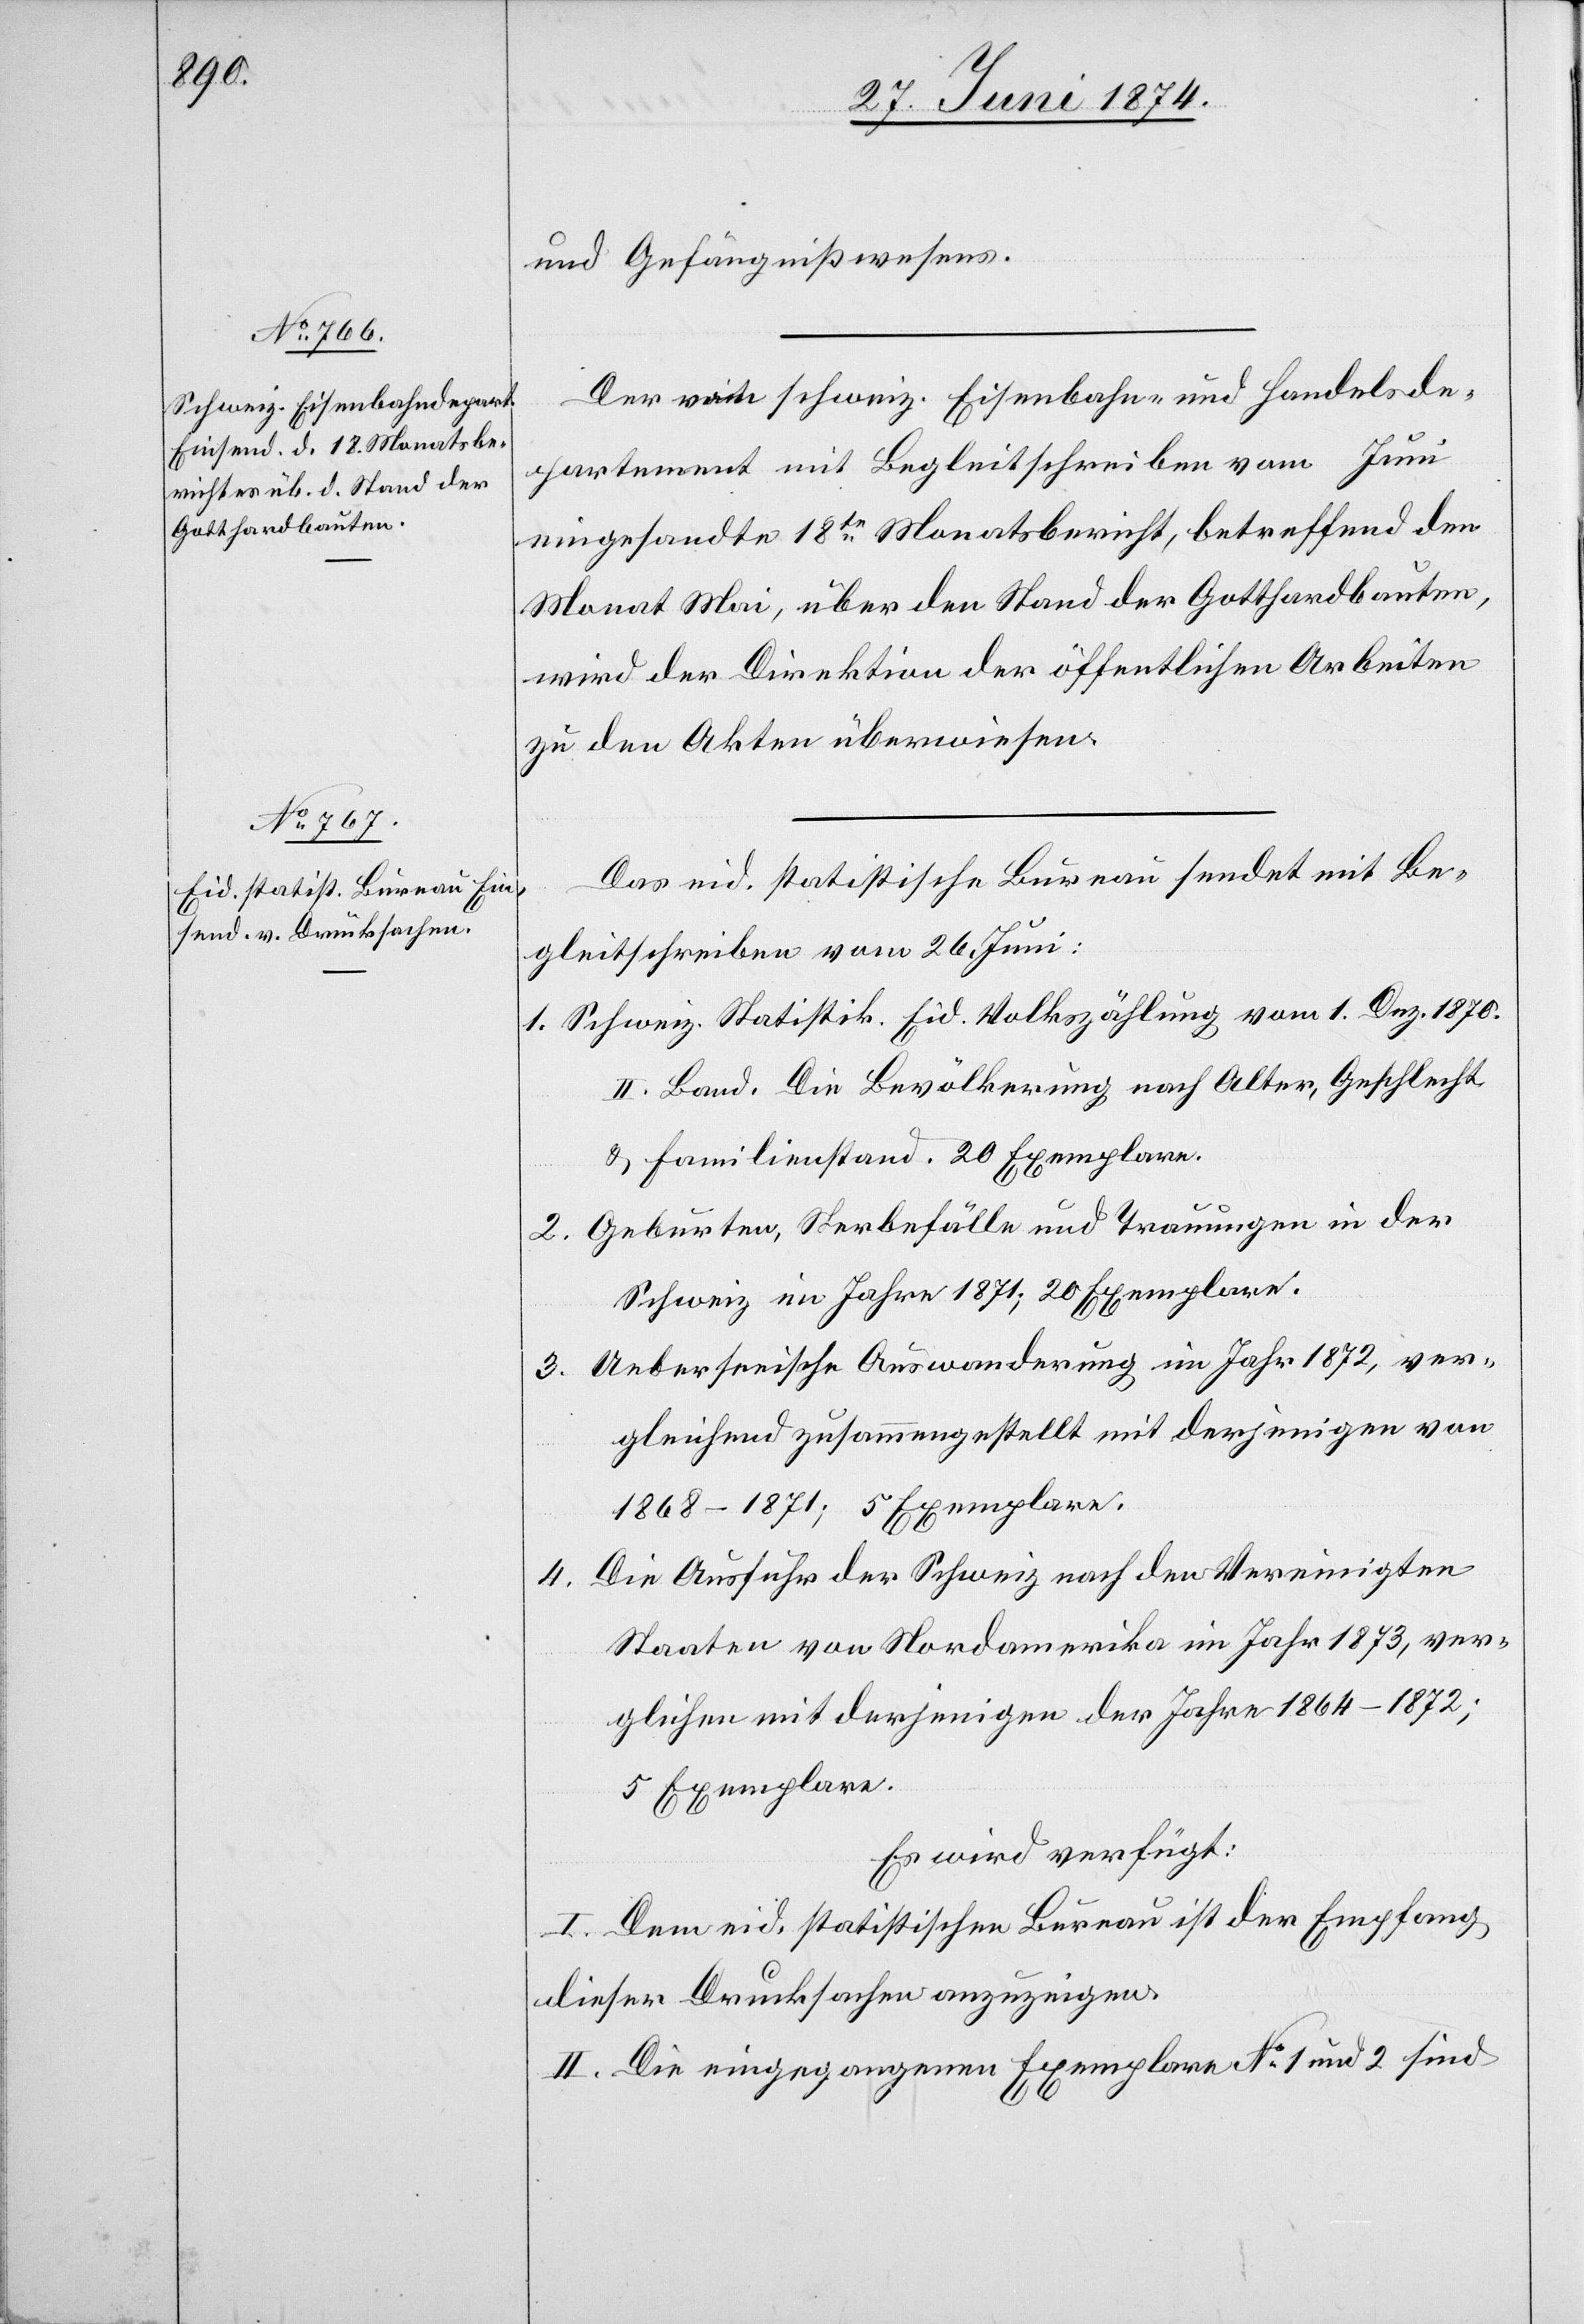
1874.]

und Gefängnißwesens.
Der vom schweiz. Eisenbahn- und Handelsde¬
partement mit Begleitschreiben vom Juni
eingesandte 18te Monatsbericht, betreffend den
Monat Mai, über den Stand der Gotthardbauten,
wird der Direktion der öffentlichen Arbeiten
zu den Akten überwiesen.
Das eid. statistische Bureau sendet mit Be¬
gleitschreiben vom 26. Juni:
1. Schweiz. Statistik. Eid. Volkszählung vom 1. Dez. 1870.
II. Land. Die Bevölkerung nach Alter, Geschlecht
u. Familienstand. 20 Exemplare.
2. Geburten, Sterbefälle und Trauungen in der
Schweiz im Jahre 1871; 20 Exemplare.
3. Ueberseeische Auswanderung im Jahr 1872, ver¬
gleichend zusammengestellt mit derjenigen von
1868–1871; 5 Exemplare.
4. Die Ausfuhr der Schweiz nach den Vereinigten
Staaten von Nordamerika im Jahr 1873, ver¬
glichen mit derjenigen der Jahre 1864–1872;
5 Exemplare.
Es wird verfügt:
I. Dem eid. statistischen Bureau ist der Empfang
dieser Drucksachen anzuzeigen.
II. Die eingegangenen Exemplare No 1 und 2 sind